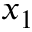
x _ { 1 }